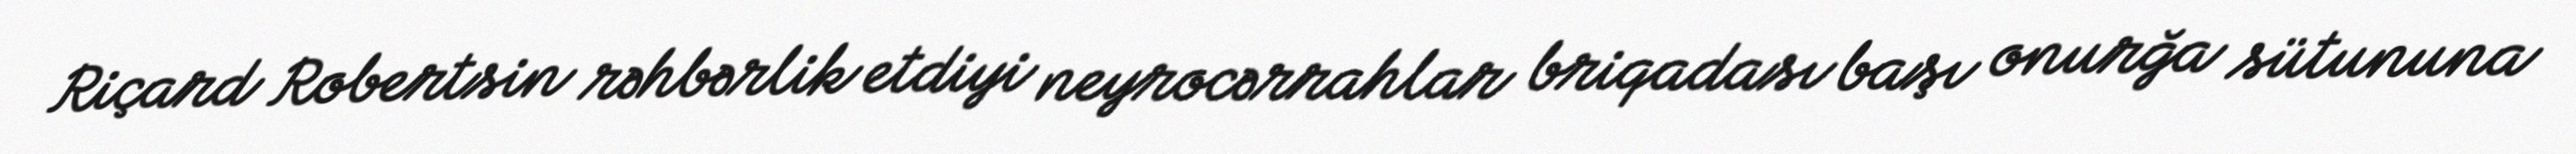
Riçard Robertsin rəhbərlik etdiyi neyrocərrahlar briqadası başı onurğa sütununa